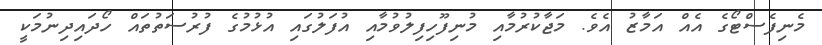
މެނިފެސްޓޯގެ އެއް އަމާޒު އެވެ. މަޖާކުރުމާއި މުނިފޫހިފިލުވުމާއި އުފަލުގައި އުޅުމުގެ ފުރުސަތުތައް ހޯދައިދިނުމަކީ